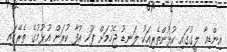
އިންޑިއާ ލީގުގައި ކުޅުންތެރިއަކު ލަނޑު ޖެހުމަށް ފަހު އުފާ ކުރަން އުޅުމުގެ ތެރޭގައި